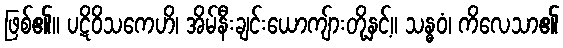
ဖြစ်၏။ ပဋိဝိသကေဟိ၊ အိမ်နီးချင်းယောကျ်ားတို့နှင့်။ သန္ဓဝံ၊ ကိလေသာ၏